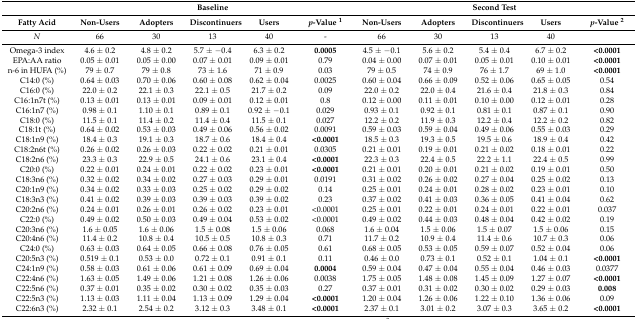
<table><thead><tr><td></td><td colspan="5"><b>Baseline</b></td><td colspan="5"><b>Second Test</b></td></tr><tr><td><b>Fatty Acid</b></td><td><b>Non-Users</b></td><td><b>Adopters</b></td><td><b>Discontinuers</b></td><td><b>Users</b></td><td><b><i>p</i>-Value <sup>1</sup></b></td><td><b>Non-Users</b></td><td><b>Adopters</b></td><td><b>Discontinuers</b></td><td><b>Users</b></td><td><b><i>p</i>-Value <sup>2</sup></b></td></tr></thead><tbody><tr><td><i>N</i></td><td>66</td><td>30</td><td>13</td><td>40</td><td>-</td><td>66</td><td>30</td><td>13</td><td>40</td><td></td></tr><tr><td>Omega-3 index</td><td>4.6 ± 0.2</td><td>4.8 ± 0.2</td><td>5.7 ± −0.4</td><td>6.3 ± 0.2</td><td><b>0.0005</b></td><td>4.5 ± −0.1</td><td>5.6 ± 0.2</td><td>5.4 ± 0.4</td><td>6.7 ± 0.2</td><td><b>&lt;0.0001</b></td></tr><tr><td>EPA:AA ratio</td><td>0.05 ± 0.01</td><td>0.05 ± 0.00</td><td>0.07 ± 0.01</td><td>0.09 ± 0.01</td><td>0.79</td><td>0.04 ± 0.00</td><td>0.07 ± 0.01</td><td>0.05 ± 0.01</td><td>0.10 ± 0.01</td><td><b>&lt;0.0001</b></td></tr><tr><td>n-6 in HUFA (%)</td><td>79 ± 0.7</td><td>79 ± 0.8</td><td>73 ± 1.6</td><td>71 ± 0.9</td><td>0.03</td><td>79 ± 0.5</td><td>74 ± 0.9</td><td>76 ± 1.7</td><td>69 ± 1.0</td><td><b>&lt;0.0001</b></td></tr><tr><td>C14:0 (%)</td><td>0.64 ± 0.03</td><td>0.70 ± 0.06</td><td>0.60 ± 0.08</td><td>0.62 ± 0.04</td><td>0.0025</td><td>0.60 ± 0.04</td><td>0.66 ± 0.09</td><td>0.52 ± 0.06</td><td>0.65 ± 0.05</td><td>0.54</td></tr><tr><td>C16:0 (%)</td><td>22.0 ± 0.2</td><td>22.1 ± 0.3</td><td>22.1 ± 0.5</td><td>21.7 ± 0.2</td><td>0.09</td><td>22.0 ± 0.2</td><td>22.0 ± 0.4</td><td>21.6 ± 0.4</td><td>21.8 ± 0.3</td><td>0.84</td></tr><tr><td>C16:1n7t (%)</td><td>0.13 ± 0.01</td><td>0.13 ± 0.01</td><td>0.09 ± 0.01</td><td>0.12 ± 0.01</td><td>0.8</td><td>0.12 ± 0.00</td><td>0.11 ± 0.01</td><td>0.10 ± 0.00</td><td>0.12 ± 0.01</td><td>0.28</td></tr><tr><td>C16:1n7 (%)</td><td>0.98 ± 0.1</td><td>1.10 ± 0.1</td><td>0.89 ± 0.1</td><td>0.92 ± −0.1</td><td>0.029</td><td>0.93 ± 0.1</td><td>0.92 ± 0.1</td><td>0.81 ± 0.1</td><td>0.87 ± 0.1</td><td>0.90</td></tr><tr><td>C18:0 (%)</td><td>11.5 ± 0.1</td><td>11.4 ± 0.2</td><td>11.4 ± 0.4</td><td>11.5 ± 0.1</td><td>0.027</td><td>12.2 ± 0.2</td><td>11.9 ± 0.3</td><td>12.2 ± 0.4</td><td>12.2 ± 0.2</td><td>0.82</td></tr><tr><td>C18:1t (%)</td><td>0.64 ± 0.02</td><td>0.53 ± 0.03</td><td>0.49 ± 0.06</td><td>0.56 ± 0.02</td><td>0.0091</td><td>0.59 ± 0.03</td><td>0.59 ± 0.04</td><td>0.49 ± 0.06</td><td>0.55 ± 0.03</td><td>0.29</td></tr><tr><td>C18:1n9 (%)</td><td>18.4 ± 0.3</td><td>19.1 ± 0.3</td><td>18.7 ± 0.6</td><td>18.4 ± 0.4</td><td><b>&lt;0.0001</b></td><td>18.5 ± 0.3</td><td>19.3 ± 0.5</td><td>19.5 ± 0.6</td><td>18.9 ± 0.4</td><td>0.42</td></tr><tr><td>C18:2n6t (%)</td><td>0.26 ± 0.02</td><td>0.26 ± 0.03</td><td>0.22 ± 0.02</td><td>0.21 ± 0.01</td><td>0.0305</td><td>0.21 ± 0.01</td><td>0.19 ± 0.01</td><td>0.21 ± 0.02</td><td>0.18 ± 0.01</td><td>0.22</td></tr><tr><td>C18:2n6 (%)</td><td>23.3 ± 0.3</td><td>22.9 ± 0.5</td><td>24.1 ± 0.6</td><td>23.1 ± 0.4</td><td><b>&lt;0.0001</b></td><td>22.3 ± 0.3</td><td>22.4 ± 0.5</td><td>22.2 ± 1.1</td><td>22.4 ± 0.5</td><td>0.99</td></tr><tr><td>C20:0 (%)</td><td>0.22 ± 0.01</td><td>0.24 ± 0.01</td><td>0.22 ± 0.02</td><td>0.23 ± 0.01</td><td><b>&lt;0.0001</b></td><td>0.21 ± 0.01</td><td>0.20 ± 0.01</td><td>0.21 ± 0.02</td><td>0.19 ± 0.01</td><td>0.50</td></tr><tr><td>C18:3n6 (%)</td><td>0.32 ± 0.02</td><td>0.34 ± 0.02</td><td>0.27 ± 0.03</td><td>0.29 ± 0.01</td><td>0.0191</td><td>0.31 ± 0.02</td><td>0.26 ± 0.02</td><td>0.27 ± 0.04</td><td>0.25 ± 0.02</td><td>0.13</td></tr><tr><td>C20:1n9 (%)</td><td>0.34 ± 0.02</td><td>0.33 ± 0.03</td><td>0.25 ± 0.02</td><td>0.29 ± 0.02</td><td>0.14</td><td>0.25 ± 0.01</td><td>0.24 ± 0.01</td><td>0.28 ± 0.02</td><td>0.23 ± 0.01</td><td>0.10</td></tr><tr><td>C18:3n3 (%)</td><td>0.41 ± 0.02</td><td>0.39 ± 0.03</td><td>0.39 ± 0.03</td><td>0.39 ± 0.02</td><td>0.23</td><td>0.37 ± 0.02</td><td>0.41 ± 0.03</td><td>0.36 ± 0.05</td><td>0.41 ± 0.04</td><td>0.62</td></tr><tr><td>C20:2n6 (%)</td><td>0.24 ± 0.01</td><td>0.26 ± 0.01</td><td>0.26 ± 0.02</td><td>0.23 ± 0.01</td><td>&lt;0.0001</td><td>0.25 ± 0.01</td><td>0.22 ± 0.01</td><td>0.24 ± 0.01</td><td>0.22 ± 0.01</td><td>0.037</td></tr><tr><td>C22:0 (%)</td><td>0.49 ± 0.02</td><td>0.50 ± 0.03</td><td>0.49 ± 0.04</td><td>0.53 ± 0.02</td><td>&lt;0.0001</td><td>0.49 ± 0.02</td><td>0.44 ± 0.03</td><td>0.48 ± 0.04</td><td>0.42 ± 0.02</td><td>0.19</td></tr><tr><td>C20:3n6 (%)</td><td>1.6 ± 0.05</td><td>1.6 ± 0.06</td><td>1.5 ± 0.08</td><td>1.5 ± 0.06</td><td>0.068</td><td>1.6 ± 0.04</td><td>1.5 ± 0.06</td><td>1.5 ± 0.07</td><td>1.5 ± 0.06</td><td>0.15</td></tr><tr><td>C20:4n6 (%)</td><td>11.4 ± 0.2</td><td>10.8 ± 0.4</td><td>10.5 ± 0.5</td><td>10.8 ± 0.3</td><td>0.71</td><td>11.7 ± 0.2</td><td>10.9 ± 0.4</td><td>11.4 ± 0.6</td><td>10.7 ± 0.3</td><td>0.06</td></tr><tr><td>C24:0 (%)</td><td>0.63 ± 0.03</td><td>0.64 ± 0.05</td><td>0.66 ± 0.08</td><td>0.76 ± 0.05</td><td>0.61</td><td>0.68 ± 0.05</td><td>0.53 ± 0.05</td><td>0.59 ± 0.07</td><td>0.52 ± 0.04</td><td>0.06</td></tr><tr><td>C20:5n3 (%)</td><td>0.519 ± 0.1</td><td>0.53 ± 0.0</td><td>0.72 ± 0.1</td><td>0.91 ± 0.1</td><td>0.11</td><td>0.46 ± 0.0</td><td>0.73 ± 0.1</td><td>0.52 ± 0.1</td><td>1.04 ± 0.1</td><td><b>&lt;0.0001</b></td></tr><tr><td>C24:1n9 (%)</td><td>0.58 ± 0.03</td><td>0.61 ± 0.06</td><td>0.61 ± 0.09</td><td>0.69 ± 0.04</td><td><b>0.0004</b></td><td>0.59 ± 0.04</td><td>0.47 ± 0.04</td><td>0.55 ± 0.04</td><td>0.46 ± 0.03</td><td>0.0377</td></tr><tr><td>C22:4n6 (%)</td><td>1.63 ± 0.05</td><td>1.49 ± 0.06</td><td>1.21 ± 0.08</td><td>1.26 ± 0.06</td><td>0.0038</td><td>1.75 ± 0.05</td><td>1.48 ± 0.08</td><td>1.45 ± 0.09</td><td>1.27 ± 0.07</td><td><b>&lt;0.0001</b></td></tr><tr><td>C22:5n6 (%)</td><td>0.37 ± 0.01</td><td>0.35 ± 0.02</td><td>0.30 ± 0.02</td><td>0.35 ± 0.03</td><td>0.27</td><td>0.37 ± 0.01</td><td>0.31 ± 0.02</td><td>0.30 ± 0.02</td><td>0.29 ± 0.03</td><td><b>0.008</b></td></tr><tr><td>C22:5n3 (%)</td><td>1.13 ± 0.03</td><td>1.11 ± 0.04</td><td>1.13 ± 0.09</td><td>1.29 ± 0.04</td><td><b>&lt;0.0001</b></td><td>1.20 ± 0.04</td><td>1.26 ± 0.06</td><td>1.22 ± 0.10</td><td>1.36 ± 0.06</td><td>0.09</td></tr><tr><td>C22:6n3 (%)</td><td>2.32 ± 0.1</td><td>2.54 ± 0.2</td><td>3.12 ± 0.3</td><td>3.48 ± 0.1</td><td><b>&lt;0.0001</b></td><td>2.37 ± 0.1</td><td>3.01 ± 0.2</td><td>3.07 ± 0.3</td><td>3.65 ± 0.2</td><td><b>&lt;0.0001</b></td></tr></tbody></table>